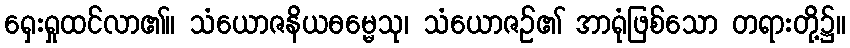
ရှေးရှုထင်လာ၏။ သံယောဇနိယဓမ္မေသု၊ သံယောဇဉ်၏ အာရုံဖြစ်သော တရားတို့၌။